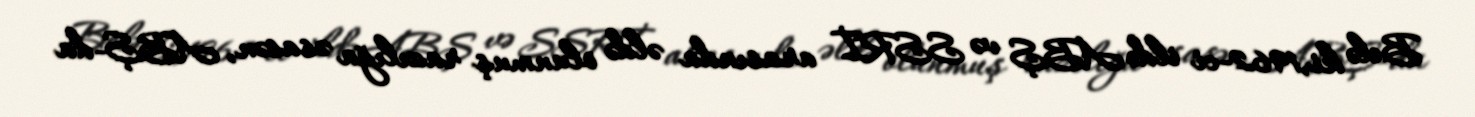
Belə ki,1962-ci ildə ABŞ və SSRİ arasında əldə olunmuş razılığa əsasən, ABŞ-da